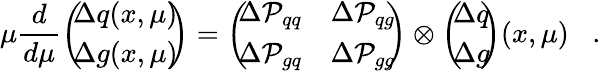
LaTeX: \mu\frac{{d}}{{d}\mu}\left(\! \! \begin{array}{c}{{{\Delta q(x,\mu)}}}\\ {{{\Delta g(x,\mu)}}}\end{array}\! \! \right)=\left(\! \! \begin{array}{cc}{{\Delta{\cal P}_{qq}}}&{{\Delta{\cal P}_{qg}}}\\ {{\Delta{\cal P}_{gq}}}&{{\Delta{\cal P}_{gg}}}\end{array}\! \! \right)\otimes\left(\! \! \begin{array}{c}{{{\Delta q}}}\\ {{{\Delta g}}}\end{array}\! \! \right)(x,\mu)\; \; \; .